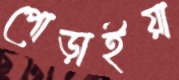
পোড়াইয়া